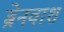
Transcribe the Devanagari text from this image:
ब्रेनवाश